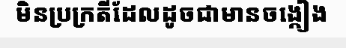
មិនប្រក្រតីដែលដូចជាមានចង្កៀង